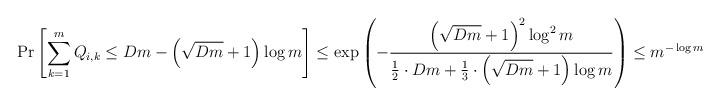
LaTeX: \begin{align*} \Pr\left[\sum_{k = 1}^m Q_{i, k} \leq Dm - \left(\sqrt{Dm} + 1 \right) \log m \right] \leq \exp \left( -\frac{\left( \sqrt{Dm} + 1 \right)^2 \log^2 m}{\frac{1}{2} \cdot Dm + \frac{1}{3} \cdot \left(\sqrt{Dm} + 1\right) \log m} \right) \leq m^{-\log m} \end{align*}